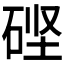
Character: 𬒎